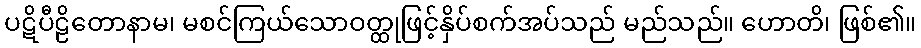
ပဋိပီဠိတောနာမ၊ မစင်ကြယ်သောဝတ္ထုဖြင့်နှိပ်စက်အပ်သည် မည်သည်။ ဟောတိ၊ ဖြစ်၏။